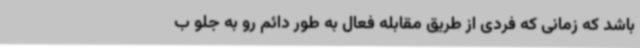
باشد که زمانی که فردی از طریق مقابله فعال به طور دائم رو به جلو ب